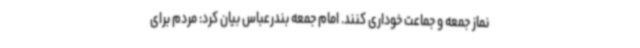
نماز جمعه و جماعت خوداری کنند. امام جمعه بندرعباس بیان کرد: مردم برای